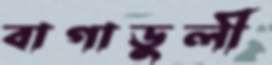
বাগাডুলী